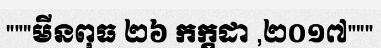
"""មីនពុធ ២៦ កក្តដា ,២០១៧"""